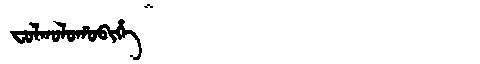
Manchu: ᠸᠣᠯᡴᠣᠯᠣᡥᠣᠪᡳᡥᡝ
Romanization: FOLKOLOHOBIHE